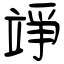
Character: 竫